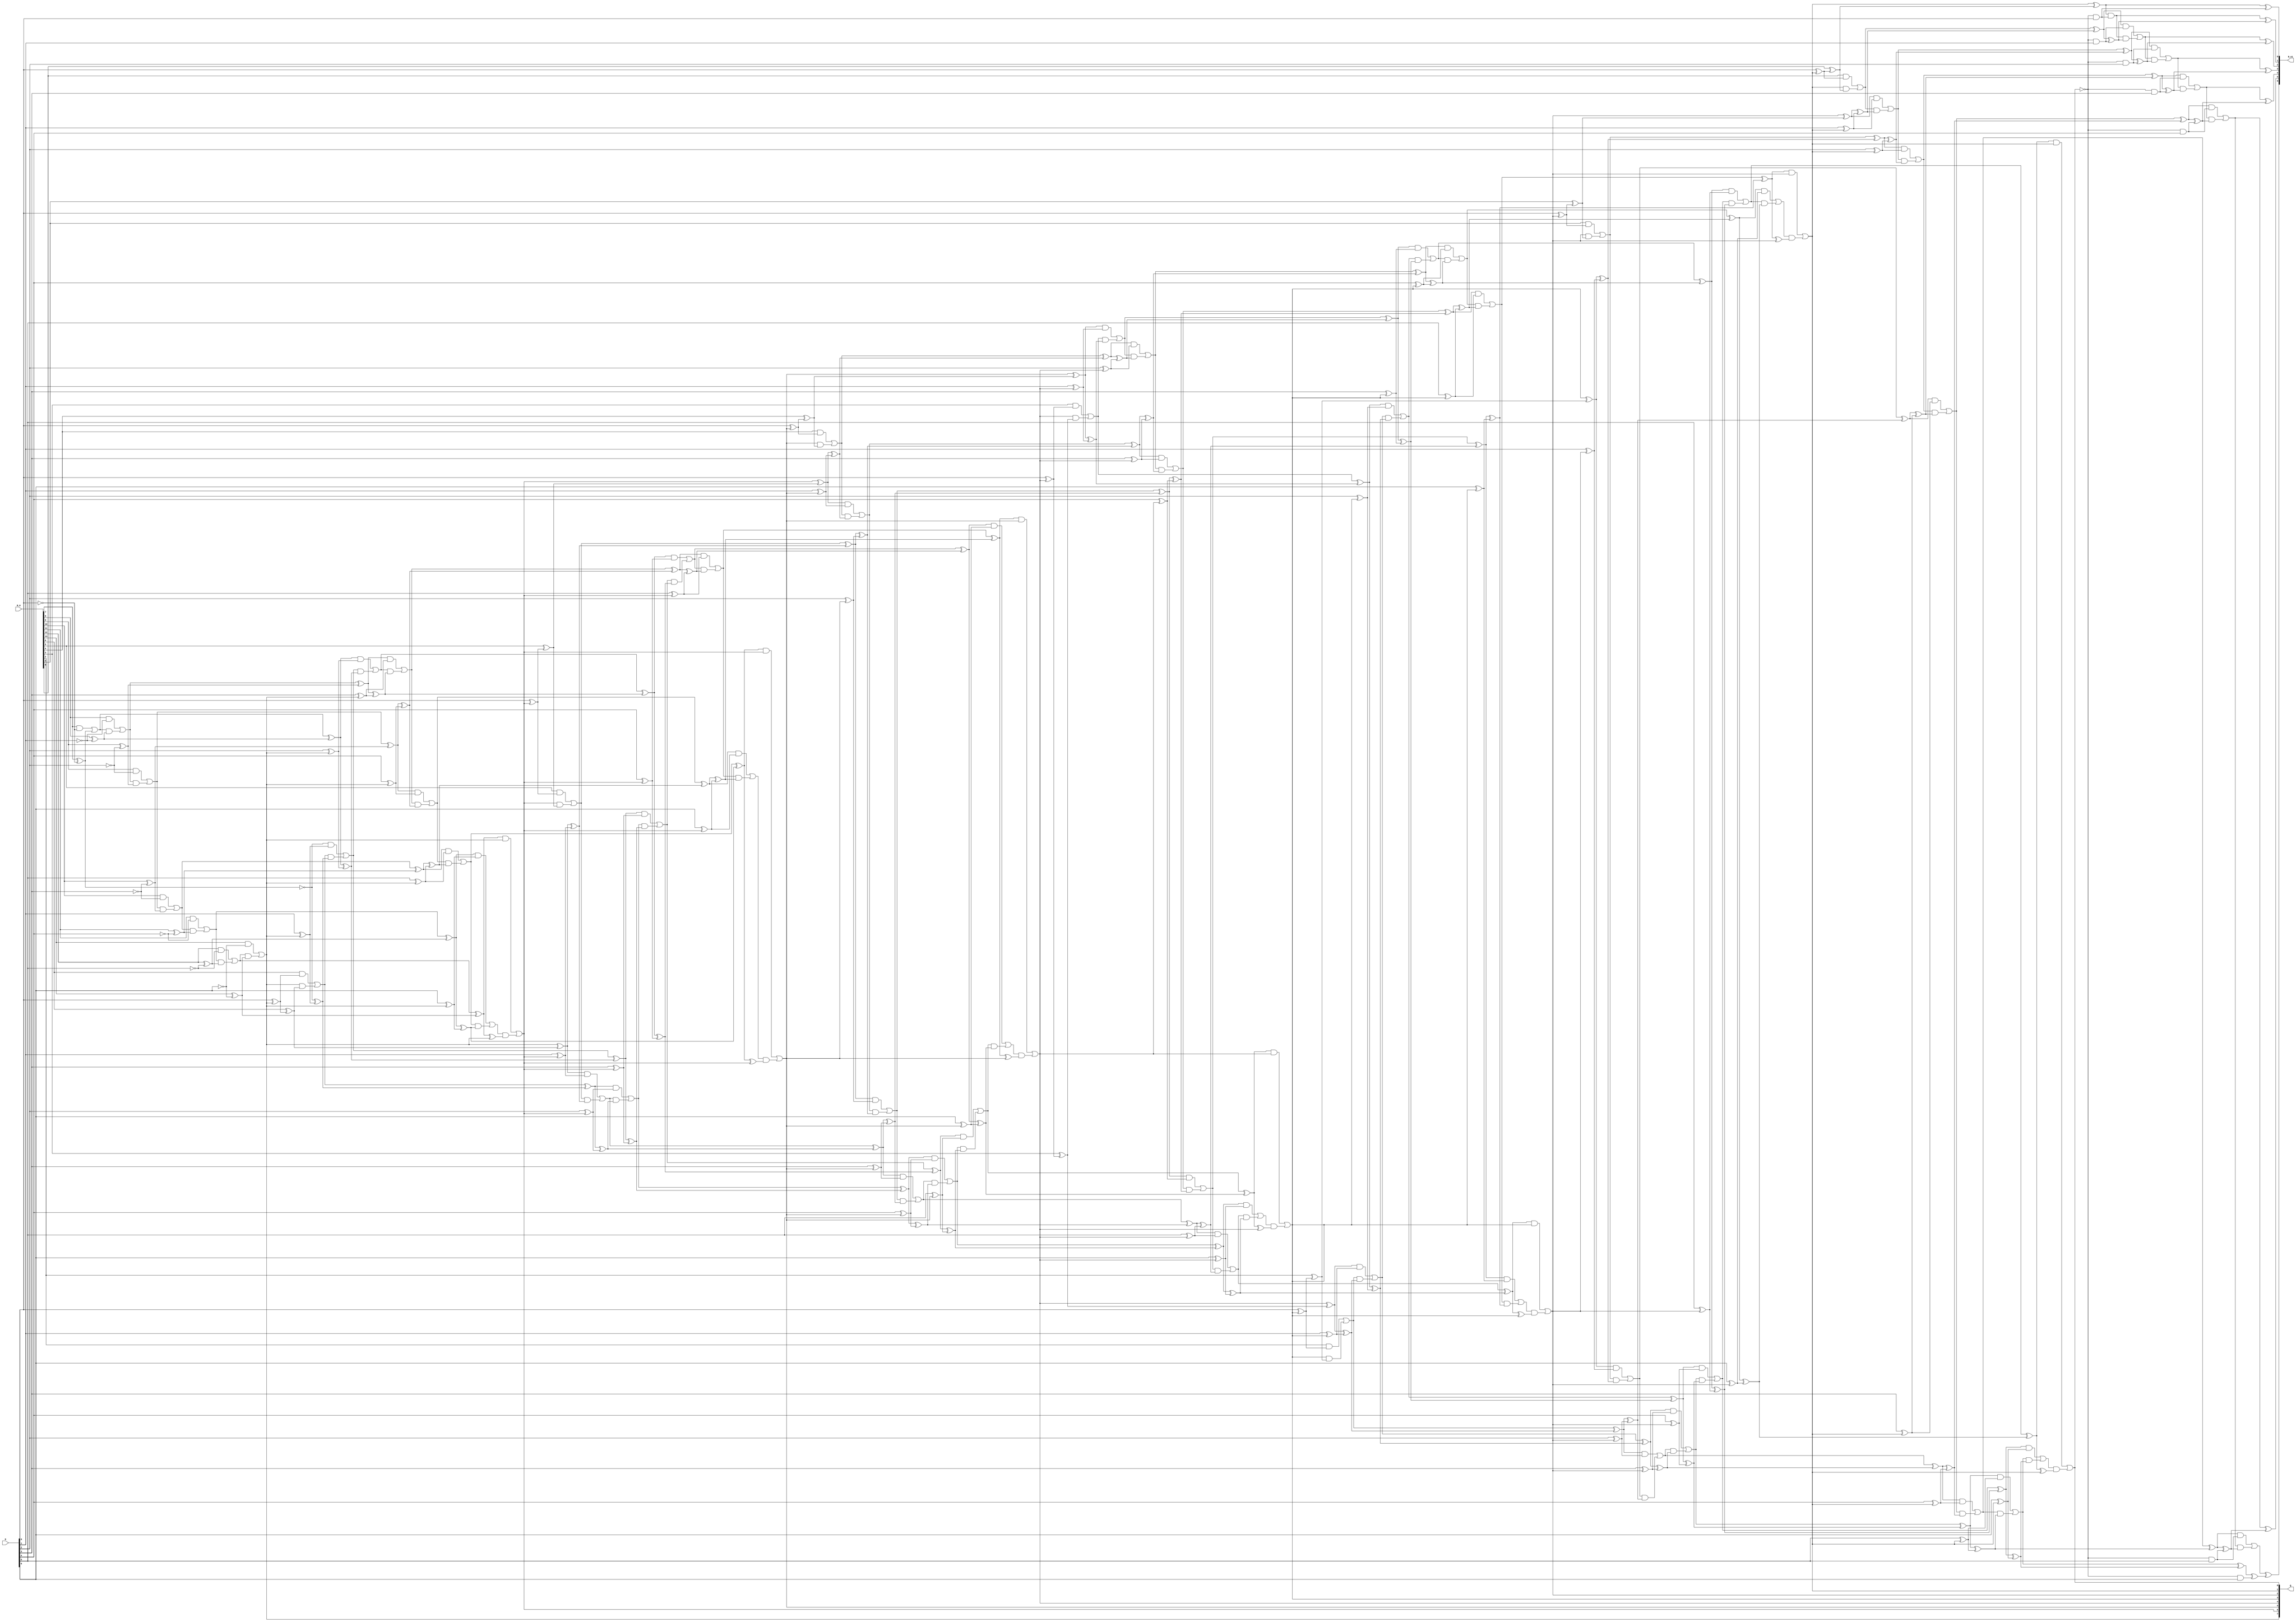
module nonresdivReduced(R_0, D, Q, R_n1);
input [13:0] R_0;
input [6:0] D;
output [7:0] Q;
output [6:0] R_n1;
wire _0_;
wire _1_;
wire _2_;
wire _3_;
wire _4_;
wire _5_;
wire _6_;
wire _7_;
wire _8_;
wire _9_;
wire _10_;
wire _11_;
wire _12_;
wire _13_;
wire _14_;
wire _15_;
wire _16_;
wire _17_;
wire _18_;
wire _19_;
wire _20_;
wire _21_;
wire _22_;
wire _23_;
wire _24_;
wire _25_;
wire _26_;
wire _27_;
wire _28_;
wire _29_;
wire _30_;
wire _31_;
wire _32_;
wire _33_;
wire _34_;
wire _35_;
wire _36_;
wire _37_;
wire _38_;
wire _39_;
wire _40_;
wire _41_;
wire _42_;
wire _43_;
wire _44_;
wire _45_;
wire _46_;
wire _47_;
wire _48_;
wire _49_;
wire _50_;
wire _51_;
wire _52_;
wire _53_;
wire _54_;
wire _55_;
wire _56_;
wire _57_;
wire _58_;
wire _59_;
wire _60_;
wire _61_;
wire _62_;
wire _63_;
wire _64_;
wire _65_;
wire _66_;
wire _67_;
wire _68_;
wire _69_;
wire _70_;
wire _71_;
wire _72_;
wire _73_;
wire _74_;
wire _75_;
wire _76_;
wire _77_;
wire _78_;
wire _79_;
wire _80_;
wire _81_;
wire _82_;
wire _83_;
wire _84_;
wire _85_;
wire _86_;
wire _87_;
wire _88_;
wire _89_;
wire _90_;
wire _91_;
wire _92_;
wire _93_;
wire _94_;
wire _95_;
wire _96_;
wire _97_;
wire _98_;
wire _99_;
wire _100_;
wire _101_;
wire _102_;
wire _103_;
wire _104_;
wire _105_;
wire _106_;
wire _107_;
wire _108_;
wire _109_;
wire _110_;
wire _111_;
wire _112_;
wire _113_;
wire _114_;
wire _115_;
wire _116_;
wire _117_;
wire _118_;
wire _119_;
wire _120_;
wire _121_;
wire _122_;
wire _123_;
wire _124_;
wire _125_;
wire _126_;
wire _127_;
wire _128_;
wire _129_;
wire _130_;
wire _131_;
wire _132_;
wire _133_;
wire _134_;
wire _135_;
wire _136_;
wire _137_;
wire _138_;
wire _139_;
wire _140_;
wire _141_;
wire _142_;
wire _143_;
wire _144_;
wire _145_;
wire _146_;
wire _147_;
wire _148_;
wire _149_;
wire _150_;
wire _151_;
wire _152_;
wire _153_;
wire _154_;
wire _155_;
wire _156_;
wire _157_;
wire _158_;
wire _159_;
wire _160_;
wire _161_;
wire _162_;
wire _163_;
wire _164_;
wire _165_;
wire _166_;
wire _167_;
wire _168_;
wire _169_;
wire _170_;
wire _171_;
wire _172_;
wire _173_;
wire _174_;
wire _175_;
wire _176_;
wire _177_;
wire _178_;
wire _179_;
wire _180_;
wire _181_;
wire _182_;
wire _183_;
wire _184_;
wire _185_;
wire _186_;
wire _187_;
wire _188_;
wire _189_;
wire _190_;
wire _191_;
wire _192_;
wire _193_;
wire _194_;
wire _195_;
wire _196_;
wire _197_;
wire _198_;
wire _199_;
wire _200_;
wire _201_;
wire _202_;
wire _203_;
wire _204_;
wire _205_;
wire _206_;
wire _207_;
wire _208_;
wire _209_;
wire _210_;
wire _211_;
wire _212_;
wire _213_;
wire _214_;
wire _215_;
wire _216_;
wire _217_;
wire _218_;
wire _219_;
wire _220_;
wire _221_;
wire _222_;
wire _223_;
wire _224_;
wire _225_;
wire _226_;
wire _227_;
wire _228_;
wire _229_;
wire _230_;
wire _231_;
wire _232_;
wire _233_;
wire _234_;
wire _235_;
wire _236_;
wire _237_;
wire _238_;
wire _239_;
wire _240_;
wire _241_;
wire _242_;
wire _243_;
wire _244_;
wire _245_;
wire _246_;
wire _247_;
wire _248_;
wire _249_;
wire _250_;
wire _251_;
wire _252_;
wire _253_;
wire _254_;
wire _255_;
wire _256_;
wire _257_;
wire _258_;
wire _259_;
wire _260_;
wire _261_;
wire _262_;
wire _263_;
wire _264_;
wire _265_;
wire _266_;
wire _267_;
wire _268_;
wire _269_;
wire _270_;
wire _271_;
wire _272_;
wire _273_;
wire _274_;
wire _275_;
wire _276_;
wire _277_;
wire _278_;
wire _279_;
wire _280_;
wire _281_;
wire _282_;
wire _283_;
wire _284_;
wire _285_;
wire _286_;
wire _287_;
wire _288_;
wire _289_;
wire _290_;
wire _291_;
wire _292_;
wire _293_;
wire _294_;
wire _295_;
wire _296_;
wire _297_;
wire _298_;
wire _299_;
wire _300_;
wire _301_;
wire _302_;
wire _303_;
wire _304_;
wire _305_;
wire _306_;
wire _307_;
wire _308_;
wire _309_;
wire _310_;
wire _311_;
wire _312_;
wire _313_;
wire _314_;
wire _315_;
wire _316_;
wire _317_;
wire _318_;
wire _319_;
wire _320_;
wire _321_;
wire _322_;
wire _323_;
wire _324_;
wire _325_;
wire _326_;
wire _327_;
wire _328_;
wire _329_;
wire _330_;
wire _331_;
wire _332_;
wire _333_;
wire _334_;
wire _335_;
wire _336_;
wire _337_;
wire _338_;
wire _339_;
wire _340_;
wire _341_;
wire _342_;
wire _343_;
wire _344_;
wire _345_;
wire _346_;
wire _347_;
wire _348_;
wire _349_;
wire _350_;
wire _351_;
wire _352_;
wire _353_;
wire _354_;
wire _355_;
wire _356_;
wire _357_;
wire _358_;
wire _359_;
wire _360_;
wire _361_;
wire _362_;
wire _363_;
wire _364_;
wire _365_;
wire _366_;
wire _367_;
wire _368_;
wire _369_;
wire _370_;
wire _371_;
wire _372_;
wire _373_;
wire _374_;
wire _375_;
wire _376_;
wire _377_;
wire _378_;
wire _379_;
wire _380_;
wire _381_;
wire _382_;
wire _383_;
wire _384_;
wire _385_;
wire _386_;
wire _387_;
wire _388_;
wire _389_;
wire _390_;
wire _391_;
wire _392_;
wire _393_;
wire _394_;
wire _395_;
wire _396_;
wire _397_;
wire _398_;
wire _399_;
wire _400_;
wire _401_;
wire _402_;
wire _403_;
wire _404_;
wire _405_;
wire _406_;
wire _407_;
wire _408_;
wire _409_;
wire _410_;
wire _411_;
wire _412_;
wire _413_;
wire _414_;
wire _415_;
wire _416_;
wire _417_;
wire _418_;
wire _419_;
wire _420_;
wire _421_;
wire _422_;
wire _423_;
wire _424_;
wire _425_;
wire _426_;
wire _427_;
wire _428_;
wire _429_;
wire _430_;
wire _431_;
wire _432_;
wire _433_;
wire _434_;
wire _435_;
wire _436_;
wire _437_;
wire _438_;
wire _439_;
wire _440_;
wire _441_;
wire _442_;
wire _443_;
wire _444_;
wire _445_;
wire _446_;
wire _447_;
wire _448_;
wire _449_;
wire _450_;
wire _451_;
wire _452_;
wire _453_;
wire _454_;
wire _455_;
wire _456_;
wire _457_;
wire _458_;
wire _459_;
wire _460_;
wire _461_;
wire _462_;
wire _463_;
wire _464_;
wire _465_;
wire _466_;
wire _467_;
wire _468_;
wire _469_;
wire _470_;
wire _471_;
wire _472_;
wire _473_;
wire _474_;
wire _475_;
wire _476_;
wire _477_;
wire _478_;
wire _479_;
wire _480_;
wire _481_;
wire _482_;
wire _483_;
wire _484_;
wire _485_;
wire _486_;
wire zeroWire;
wire oneWire;
assign zeroWire = 1'b0 /*899*/;
assign oneWire = 1'b1 /*899*/;
assign _13_ = ~D[0] /*849*/;
assign _10_ = R_0[7] & _13_ /*845*/;
assign _11_ = R_0[7] ^ _13_ /*848*/;
assign _12_ = oneWire & _11_ /*846*/;
assign _0_ = oneWire ^ _11_ /*847*/;
assign _9_ = _10_ | _12_ /*844*/;
assign _18_ = ~D[1] /*843*/;
assign _15_ = R_0[8] & _18_ /*839*/;
assign _16_ = R_0[8] ^ _18_ /*842*/;
assign _17_ = _9_ & _16_ /*840*/;
assign _1_ = _9_ ^ _16_ /*841*/;
assign _14_ = _15_ | _17_ /*838*/;
assign _23_ = ~D[2] /*837*/;
assign _20_ = R_0[9] & _23_ /*833*/;
assign _21_ = R_0[9] ^ _23_ /*836*/;
assign _22_ = _14_ & _21_ /*834*/;
assign _2_ = _14_ ^ _21_ /*835*/;
assign _19_ = _20_ | _22_ /*832*/;
assign _28_ = ~D[3] /*831*/;
assign _25_ = R_0[10] & _28_ /*827*/;
assign _26_ = R_0[10] ^ _28_ /*830*/;
assign _27_ = _19_ & _26_ /*828*/;
assign _3_ = _19_ ^ _26_ /*829*/;
assign _24_ = _25_ | _27_ /*826*/;
assign _33_ = ~D[4] /*825*/;
assign _30_ = R_0[11] & _33_ /*821*/;
assign _31_ = R_0[11] ^ _33_ /*824*/;
assign _32_ = _24_ & _31_ /*822*/;
assign _4_ = _24_ ^ _31_ /*823*/;
assign _29_ = _30_ | _32_ /*820*/;
assign _38_ = ~D[5] /*819*/;
assign _35_ = R_0[12] & _38_ /*815*/;
assign _36_ = R_0[12] ^ _38_ /*818*/;
assign _37_ = _29_ & _36_ /*816*/;
assign _5_ = _29_ ^ _36_ /*817*/;
assign _34_ = _35_ | _37_ /*814*/;
assign _43_ = ~D[6] /*813*/;
assign _40_ = R_0[13] & _43_ /*809*/;
assign _41_ = R_0[13] ^ _43_ /*812*/;
assign _42_ = _34_ & _41_ /*810*/;
assign _6_ = _34_ ^ _41_ /*811*/;
assign _39_ = _40_ | _42_ /*808*/;
assign _44_ = zeroWire & oneWire /*803*/;
assign _45_ = zeroWire ^ oneWire /*806*/;
assign _46_ = _39_ & _45_ /*804*/;
assign _7_ = _39_ ^ _45_ /*805*/;
assign Q[7] = _44_ | _46_ /*802*/;
assign _62_ = D[0] ^ Q[7] /*754*/;
assign _59_ = R_0[6] & _62_ /*750*/;
assign _60_ = R_0[6] ^ _62_ /*753*/;
assign _61_ = Q[7] & _60_ /*751*/;
assign _49_ = Q[7] ^ _60_ /*752*/;
assign _58_ = _59_ | _61_ /*749*/;
assign _67_ = D[1] ^ Q[7] /*748*/;
assign _64_ = _0_ & _67_ /*744*/;
assign _65_ = _0_ ^ _67_ /*747*/;
assign _66_ = _58_ & _65_ /*745*/;
assign _50_ = _58_ ^ _65_ /*746*/;
assign _63_ = _64_ | _66_ /*743*/;
assign _72_ = D[2] ^ Q[7] /*742*/;
assign _69_ = _1_ & _72_ /*738*/;
assign _70_ = _1_ ^ _72_ /*741*/;
assign _71_ = _63_ & _70_ /*739*/;
assign _51_ = _63_ ^ _70_ /*740*/;
assign _68_ = _69_ | _71_ /*737*/;
assign _77_ = D[3] ^ Q[7] /*736*/;
assign _74_ = _2_ & _77_ /*732*/;
assign _75_ = _2_ ^ _77_ /*735*/;
assign _76_ = _68_ & _75_ /*733*/;
assign _52_ = _68_ ^ _75_ /*734*/;
assign _73_ = _74_ | _76_ /*731*/;
assign _82_ = D[4] ^ Q[7] /*730*/;
assign _79_ = _3_ & _82_ /*726*/;
assign _80_ = _3_ ^ _82_ /*729*/;
assign _81_ = _73_ & _80_ /*727*/;
assign _53_ = _73_ ^ _80_ /*728*/;
assign _78_ = _79_ | _81_ /*725*/;
assign _87_ = D[5] ^ Q[7] /*724*/;
assign _84_ = _4_ & _87_ /*720*/;
assign _85_ = _4_ ^ _87_ /*723*/;
assign _86_ = _78_ & _85_ /*721*/;
assign _54_ = _78_ ^ _85_ /*722*/;
assign _83_ = _84_ | _86_ /*719*/;
assign _92_ = D[6] ^ Q[7] /*718*/;
assign _89_ = _5_ & _92_ /*714*/;
assign _90_ = _5_ ^ _92_ /*717*/;
assign _91_ = _83_ & _90_ /*715*/;
assign _55_ = _83_ ^ _90_ /*716*/;
assign _88_ = _89_ | _91_ /*713*/;
assign _96_ = zeroWire ^ Q[7] /*712*/;
assign _93_ = _6_ & _96_ /*708*/;
assign _94_ = _6_ ^ _96_ /*711*/;
assign _95_ = _88_ & _94_ /*709*/;
assign _56_ = _88_ ^ _94_ /*710*/;
assign Q[6] = _93_ | _95_ /*707*/;
assign _111_ = D[0] ^ Q[6] /*657*/;
assign _108_ = R_0[5] & _111_ /*653*/;
assign _109_ = R_0[5] ^ _111_ /*656*/;
assign _110_ = Q[6] & _109_ /*654*/;
assign _98_ = Q[6] ^ _109_ /*655*/;
assign _107_ = _108_ | _110_ /*652*/;
assign _116_ = D[1] ^ Q[6] /*651*/;
assign _113_ = _49_ & _116_ /*647*/;
assign _114_ = _49_ ^ _116_ /*650*/;
assign _115_ = _107_ & _114_ /*648*/;
assign _99_ = _107_ ^ _114_ /*649*/;
assign _112_ = _113_ | _115_ /*646*/;
assign _121_ = D[2] ^ Q[6] /*645*/;
assign _118_ = _50_ & _121_ /*641*/;
assign _119_ = _50_ ^ _121_ /*644*/;
assign _120_ = _112_ & _119_ /*642*/;
assign _100_ = _112_ ^ _119_ /*643*/;
assign _117_ = _118_ | _120_ /*640*/;
assign _126_ = D[3] ^ Q[6] /*639*/;
assign _123_ = _51_ & _126_ /*635*/;
assign _124_ = _51_ ^ _126_ /*638*/;
assign _125_ = _117_ & _124_ /*636*/;
assign _101_ = _117_ ^ _124_ /*637*/;
assign _122_ = _123_ | _125_ /*634*/;
assign _131_ = D[4] ^ Q[6] /*633*/;
assign _128_ = _52_ & _131_ /*629*/;
assign _129_ = _52_ ^ _131_ /*632*/;
assign _130_ = _122_ & _129_ /*630*/;
assign _102_ = _122_ ^ _129_ /*631*/;
assign _127_ = _128_ | _130_ /*628*/;
assign _136_ = D[5] ^ Q[6] /*627*/;
assign _133_ = _53_ & _136_ /*623*/;
assign _134_ = _53_ ^ _136_ /*626*/;
assign _135_ = _127_ & _134_ /*624*/;
assign _103_ = _127_ ^ _134_ /*625*/;
assign _132_ = _133_ | _135_ /*622*/;
assign _141_ = D[6] ^ Q[6] /*621*/;
assign _138_ = _54_ & _141_ /*617*/;
assign _139_ = _54_ ^ _141_ /*620*/;
assign _140_ = _132_ & _139_ /*618*/;
assign _104_ = _132_ ^ _139_ /*619*/;
assign _137_ = _138_ | _140_ /*616*/;
assign _145_ = zeroWire ^ Q[6] /*615*/;
assign _142_ = _55_ & _145_ /*611*/;
assign _143_ = _55_ ^ _145_ /*614*/;
assign _144_ = _137_ & _143_ /*612*/;
assign _105_ = _137_ ^ _143_ /*613*/;
assign Q[5] = _142_ | _144_ /*610*/;
assign _160_ = D[0] ^ Q[5] /*560*/;
assign _157_ = R_0[4] & _160_ /*556*/;
assign _158_ = R_0[4] ^ _160_ /*559*/;
assign _159_ = Q[5] & _158_ /*557*/;
assign _147_ = Q[5] ^ _158_ /*558*/;
assign _156_ = _157_ | _159_ /*555*/;
assign _165_ = D[1] ^ Q[5] /*554*/;
assign _162_ = _98_ & _165_ /*550*/;
assign _163_ = _98_ ^ _165_ /*553*/;
assign _164_ = _156_ & _163_ /*551*/;
assign _148_ = _156_ ^ _163_ /*552*/;
assign _161_ = _162_ | _164_ /*549*/;
assign _170_ = D[2] ^ Q[5] /*548*/;
assign _167_ = _99_ & _170_ /*544*/;
assign _168_ = _99_ ^ _170_ /*547*/;
assign _169_ = _161_ & _168_ /*545*/;
assign _149_ = _161_ ^ _168_ /*546*/;
assign _166_ = _167_ | _169_ /*543*/;
assign _175_ = D[3] ^ Q[5] /*542*/;
assign _172_ = _100_ & _175_ /*538*/;
assign _173_ = _100_ ^ _175_ /*541*/;
assign _174_ = _166_ & _173_ /*539*/;
assign _150_ = _166_ ^ _173_ /*540*/;
assign _171_ = _172_ | _174_ /*537*/;
assign _180_ = D[4] ^ Q[5] /*536*/;
assign _177_ = _101_ & _180_ /*532*/;
assign _178_ = _101_ ^ _180_ /*535*/;
assign _179_ = _171_ & _178_ /*533*/;
assign _151_ = _171_ ^ _178_ /*534*/;
assign _176_ = _177_ | _179_ /*531*/;
assign _185_ = D[5] ^ Q[5] /*530*/;
assign _182_ = _102_ & _185_ /*526*/;
assign _183_ = _102_ ^ _185_ /*529*/;
assign _184_ = _176_ & _183_ /*527*/;
assign _152_ = _176_ ^ _183_ /*528*/;
assign _181_ = _182_ | _184_ /*525*/;
assign _190_ = D[6] ^ Q[5] /*524*/;
assign _187_ = _103_ & _190_ /*520*/;
assign _188_ = _103_ ^ _190_ /*523*/;
assign _189_ = _181_ & _188_ /*521*/;
assign _153_ = _181_ ^ _188_ /*522*/;
assign _186_ = _187_ | _189_ /*519*/;
assign _194_ = zeroWire ^ Q[5] /*518*/;
assign _191_ = _104_ & _194_ /*514*/;
assign _192_ = _104_ ^ _194_ /*517*/;
assign _193_ = _186_ & _192_ /*515*/;
assign _154_ = _186_ ^ _192_ /*516*/;
assign Q[4] = _191_ | _193_ /*513*/;
assign _209_ = D[0] ^ Q[4] /*463*/;
assign _206_ = R_0[3] & _209_ /*459*/;
assign _207_ = R_0[3] ^ _209_ /*462*/;
assign _208_ = Q[4] & _207_ /*460*/;
assign _196_ = Q[4] ^ _207_ /*461*/;
assign _205_ = _206_ | _208_ /*458*/;
assign _214_ = D[1] ^ Q[4] /*457*/;
assign _211_ = _147_ & _214_ /*453*/;
assign _212_ = _147_ ^ _214_ /*456*/;
assign _213_ = _205_ & _212_ /*454*/;
assign _197_ = _205_ ^ _212_ /*455*/;
assign _210_ = _211_ | _213_ /*452*/;
assign _219_ = D[2] ^ Q[4] /*451*/;
assign _216_ = _148_ & _219_ /*447*/;
assign _217_ = _148_ ^ _219_ /*450*/;
assign _218_ = _210_ & _217_ /*448*/;
assign _198_ = _210_ ^ _217_ /*449*/;
assign _215_ = _216_ | _218_ /*446*/;
assign _224_ = D[3] ^ Q[4] /*445*/;
assign _221_ = _149_ & _224_ /*441*/;
assign _222_ = _149_ ^ _224_ /*444*/;
assign _223_ = _215_ & _222_ /*442*/;
assign _199_ = _215_ ^ _222_ /*443*/;
assign _220_ = _221_ | _223_ /*440*/;
assign _229_ = D[4] ^ Q[4] /*439*/;
assign _226_ = _150_ & _229_ /*435*/;
assign _227_ = _150_ ^ _229_ /*438*/;
assign _228_ = _220_ & _227_ /*436*/;
assign _200_ = _220_ ^ _227_ /*437*/;
assign _225_ = _226_ | _228_ /*434*/;
assign _234_ = D[5] ^ Q[4] /*433*/;
assign _231_ = _151_ & _234_ /*429*/;
assign _232_ = _151_ ^ _234_ /*432*/;
assign _233_ = _225_ & _232_ /*430*/;
assign _201_ = _225_ ^ _232_ /*431*/;
assign _230_ = _231_ | _233_ /*428*/;
assign _239_ = D[6] ^ Q[4] /*427*/;
assign _236_ = _152_ & _239_ /*423*/;
assign _237_ = _152_ ^ _239_ /*426*/;
assign _238_ = _230_ & _237_ /*424*/;
assign _202_ = _230_ ^ _237_ /*425*/;
assign _235_ = _236_ | _238_ /*422*/;
assign _243_ = zeroWire ^ Q[4] /*421*/;
assign _240_ = _153_ & _243_ /*417*/;
assign _241_ = _153_ ^ _243_ /*420*/;
assign _242_ = _235_ & _241_ /*418*/;
assign _203_ = _235_ ^ _241_ /*419*/;
assign Q[3] = _240_ | _242_ /*416*/;
assign _258_ = D[0] ^ Q[3] /*366*/;
assign _255_ = R_0[2] & _258_ /*362*/;
assign _256_ = R_0[2] ^ _258_ /*365*/;
assign _257_ = Q[3] & _256_ /*363*/;
assign _245_ = Q[3] ^ _256_ /*364*/;
assign _254_ = _255_ | _257_ /*361*/;
assign _263_ = D[1] ^ Q[3] /*360*/;
assign _260_ = _196_ & _263_ /*356*/;
assign _261_ = _196_ ^ _263_ /*359*/;
assign _262_ = _254_ & _261_ /*357*/;
assign _246_ = _254_ ^ _261_ /*358*/;
assign _259_ = _260_ | _262_ /*355*/;
assign _268_ = D[2] ^ Q[3] /*354*/;
assign _265_ = _197_ & _268_ /*350*/;
assign _266_ = _197_ ^ _268_ /*353*/;
assign _267_ = _259_ & _266_ /*351*/;
assign _247_ = _259_ ^ _266_ /*352*/;
assign _264_ = _265_ | _267_ /*349*/;
assign _273_ = D[3] ^ Q[3] /*348*/;
assign _270_ = _198_ & _273_ /*344*/;
assign _271_ = _198_ ^ _273_ /*347*/;
assign _272_ = _264_ & _271_ /*345*/;
assign _248_ = _264_ ^ _271_ /*346*/;
assign _269_ = _270_ | _272_ /*343*/;
assign _278_ = D[4] ^ Q[3] /*342*/;
assign _275_ = _199_ & _278_ /*338*/;
assign _276_ = _199_ ^ _278_ /*341*/;
assign _277_ = _269_ & _276_ /*339*/;
assign _249_ = _269_ ^ _276_ /*340*/;
assign _274_ = _275_ | _277_ /*337*/;
assign _283_ = D[5] ^ Q[3] /*336*/;
assign _280_ = _200_ & _283_ /*332*/;
assign _281_ = _200_ ^ _283_ /*335*/;
assign _282_ = _274_ & _281_ /*333*/;
assign _250_ = _274_ ^ _281_ /*334*/;
assign _279_ = _280_ | _282_ /*331*/;
assign _288_ = D[6] ^ Q[3] /*330*/;
assign _285_ = _201_ & _288_ /*326*/;
assign _286_ = _201_ ^ _288_ /*329*/;
assign _287_ = _279_ & _286_ /*327*/;
assign _251_ = _279_ ^ _286_ /*328*/;
assign _284_ = _285_ | _287_ /*325*/;
assign _292_ = zeroWire ^ Q[3] /*324*/;
assign _289_ = _202_ & _292_ /*320*/;
assign _290_ = _202_ ^ _292_ /*323*/;
assign _291_ = _284_ & _290_ /*321*/;
assign _252_ = _284_ ^ _290_ /*322*/;
assign Q[2] = _289_ | _291_ /*319*/;
assign _307_ = D[0] ^ Q[2] /*269*/;
assign _304_ = R_0[1] & _307_ /*265*/;
assign _305_ = R_0[1] ^ _307_ /*268*/;
assign _306_ = Q[2] & _305_ /*266*/;
assign _294_ = Q[2] ^ _305_ /*267*/;
assign _303_ = _304_ | _306_ /*264*/;
assign _312_ = D[1] ^ Q[2] /*263*/;
assign _309_ = _245_ & _312_ /*259*/;
assign _310_ = _245_ ^ _312_ /*262*/;
assign _311_ = _303_ & _310_ /*260*/;
assign _295_ = _303_ ^ _310_ /*261*/;
assign _308_ = _309_ | _311_ /*258*/;
assign _317_ = D[2] ^ Q[2] /*257*/;
assign _314_ = _246_ & _317_ /*253*/;
assign _315_ = _246_ ^ _317_ /*256*/;
assign _316_ = _308_ & _315_ /*254*/;
assign _296_ = _308_ ^ _315_ /*255*/;
assign _313_ = _314_ | _316_ /*252*/;
assign _322_ = D[3] ^ Q[2] /*251*/;
assign _319_ = _247_ & _322_ /*247*/;
assign _320_ = _247_ ^ _322_ /*250*/;
assign _321_ = _313_ & _320_ /*248*/;
assign _297_ = _313_ ^ _320_ /*249*/;
assign _318_ = _319_ | _321_ /*246*/;
assign _327_ = D[4] ^ Q[2] /*245*/;
assign _324_ = _248_ & _327_ /*241*/;
assign _325_ = _248_ ^ _327_ /*244*/;
assign _326_ = _318_ & _325_ /*242*/;
assign _298_ = _318_ ^ _325_ /*243*/;
assign _323_ = _324_ | _326_ /*240*/;
assign _332_ = D[5] ^ Q[2] /*239*/;
assign _329_ = _249_ & _332_ /*235*/;
assign _330_ = _249_ ^ _332_ /*238*/;
assign _331_ = _323_ & _330_ /*236*/;
assign _299_ = _323_ ^ _330_ /*237*/;
assign _328_ = _329_ | _331_ /*234*/;
assign _337_ = D[6] ^ Q[2] /*233*/;
assign _334_ = _250_ & _337_ /*229*/;
assign _335_ = _250_ ^ _337_ /*232*/;
assign _336_ = _328_ & _335_ /*230*/;
assign _300_ = _328_ ^ _335_ /*231*/;
assign _333_ = _334_ | _336_ /*228*/;
assign _341_ = zeroWire ^ Q[2] /*227*/;
assign _338_ = _251_ & _341_ /*223*/;
assign _339_ = _251_ ^ _341_ /*226*/;
assign _340_ = _333_ & _339_ /*224*/;
assign _301_ = _333_ ^ _339_ /*225*/;
assign Q[1] = _338_ | _340_ /*222*/;
assign _356_ = D[0] ^ Q[1] /*172*/;
assign _353_ = R_0[0] & _356_ /*168*/;
assign _354_ = R_0[0] ^ _356_ /*171*/;
assign _355_ = Q[1] & _354_ /*169*/;
assign _343_ = Q[1] ^ _354_ /*170*/;
assign _352_ = _353_ | _355_ /*167*/;
assign _361_ = D[1] ^ Q[1] /*166*/;
assign _358_ = _294_ & _361_ /*162*/;
assign _359_ = _294_ ^ _361_ /*165*/;
assign _360_ = _352_ & _359_ /*163*/;
assign _344_ = _352_ ^ _359_ /*164*/;
assign _357_ = _358_ | _360_ /*161*/;
assign _366_ = D[2] ^ Q[1] /*160*/;
assign _363_ = _295_ & _366_ /*156*/;
assign _364_ = _295_ ^ _366_ /*159*/;
assign _365_ = _357_ & _364_ /*157*/;
assign _345_ = _357_ ^ _364_ /*158*/;
assign _362_ = _363_ | _365_ /*155*/;
assign _371_ = D[3] ^ Q[1] /*154*/;
assign _368_ = _296_ & _371_ /*150*/;
assign _369_ = _296_ ^ _371_ /*153*/;
assign _370_ = _362_ & _369_ /*151*/;
assign _346_ = _362_ ^ _369_ /*152*/;
assign _367_ = _368_ | _370_ /*149*/;
assign _376_ = D[4] ^ Q[1] /*148*/;
assign _373_ = _297_ & _376_ /*144*/;
assign _374_ = _297_ ^ _376_ /*147*/;
assign _375_ = _367_ & _374_ /*145*/;
assign _347_ = _367_ ^ _374_ /*146*/;
assign _372_ = _373_ | _375_ /*143*/;
assign _381_ = D[5] ^ Q[1] /*142*/;
assign _378_ = _298_ & _381_ /*138*/;
assign _379_ = _298_ ^ _381_ /*141*/;
assign _380_ = _372_ & _379_ /*139*/;
assign _348_ = _372_ ^ _379_ /*140*/;
assign _377_ = _378_ | _380_ /*137*/;
assign _386_ = D[6] ^ Q[1] /*136*/;
assign _383_ = _299_ & _386_ /*132*/;
assign _384_ = _299_ ^ _386_ /*135*/;
assign _385_ = _377_ & _384_ /*133*/;
assign _349_ = _377_ ^ _384_ /*134*/;
assign _382_ = _383_ | _385_ /*131*/;
assign _390_ = zeroWire ^ Q[1] /*130*/;
assign _387_ = _300_ & _390_ /*126*/;
assign _388_ = _300_ ^ _390_ /*129*/;
assign _389_ = _382_ & _388_ /*127*/;
assign _350_ = _382_ ^ _388_ /*128*/;
assign Q[0] = _387_ | _389_ /*125*/;
assign _394_ = ~Q[0] /*74*/;
assign _393_ = _394_ & D[0] /*73*/;
assign _396_ = _343_ & _393_ /*68*/;
assign _397_ = _343_ ^ _393_ /*71*/;
assign _398_ = zeroWire & _397_ /*69*/;
assign R_n1[0] = zeroWire ^ _397_ /*70*/;
assign _395_ = _396_ | _398_ /*67*/;
assign _400_ = ~Q[0] /*66*/;
assign _399_ = _400_ & D[1] /*65*/;
assign _402_ = _344_ & _399_ /*60*/;
assign _403_ = _344_ ^ _399_ /*63*/;
assign _404_ = _395_ & _403_ /*61*/;
assign R_n1[1] = _395_ ^ _403_ /*62*/;
assign _401_ = _402_ | _404_ /*59*/;
assign _406_ = ~Q[0] /*58*/;
assign _405_ = _406_ & D[2] /*57*/;
assign _408_ = _345_ & _405_ /*52*/;
assign _409_ = _345_ ^ _405_ /*55*/;
assign _410_ = _401_ & _409_ /*53*/;
assign R_n1[2] = _401_ ^ _409_ /*54*/;
assign _407_ = _408_ | _410_ /*51*/;
assign _412_ = ~Q[0] /*50*/;
assign _411_ = _412_ & D[3] /*49*/;
assign _414_ = _346_ & _411_ /*44*/;
assign _415_ = _346_ ^ _411_ /*47*/;
assign _416_ = _407_ & _415_ /*45*/;
assign R_n1[3] = _407_ ^ _415_ /*46*/;
assign _413_ = _414_ | _416_ /*43*/;
assign _418_ = ~Q[0] /*42*/;
assign _417_ = _418_ & D[4] /*41*/;
assign _420_ = _347_ & _417_ /*36*/;
assign _421_ = _347_ ^ _417_ /*39*/;
assign _422_ = _413_ & _421_ /*37*/;
assign R_n1[4] = _413_ ^ _421_ /*38*/;
assign _419_ = _420_ | _422_ /*35*/;
assign _424_ = ~Q[0] /*34*/;
assign _423_ = _424_ & D[5] /*33*/;
assign _426_ = _348_ & _423_ /*28*/;
assign _427_ = _348_ ^ _423_ /*31*/;
assign _428_ = _419_ & _427_ /*29*/;
assign R_n1[5] = _419_ ^ _427_ /*30*/;
assign _425_ = _426_ | _428_ /*27*/;
assign _430_ = ~Q[0] /*26*/;
assign _429_ = _430_ & D[6] /*25*/;
assign _432_ = _349_ & _429_ /*20*/;
assign _433_ = _349_ ^ _429_ /*23*/;
assign _434_ = _425_ & _433_ /*21*/;
assign R_n1[6] = _425_ ^ _433_ /*22*/;
assign _431_ = _432_ | _434_ /*19*/;
endmodule